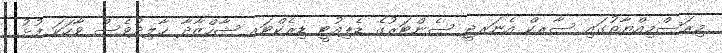
މިރަސްމިއްޔާތުގައި ސާރކް އެނަރޖީ ސެންޓަރުގެ ޑެޕިއުޓީ ޑިރެކްޓަރ ޝާހްޒާދާ ޚާލިދުވެސް ވާހަކަ ފުޅު